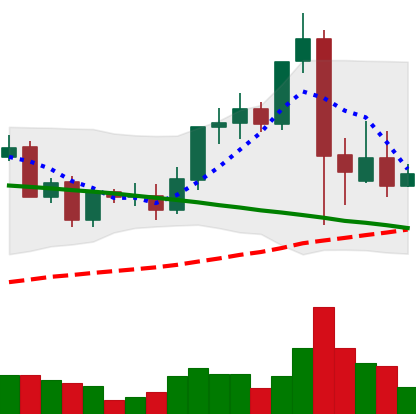
Ticker: LINK-USD
Chart end date: 2021-09-11
Forward return: 10.301%
Label: up_7plus